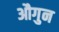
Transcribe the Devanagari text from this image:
औगुन